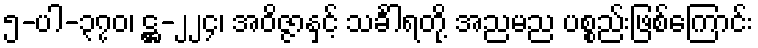
၅-ပါ-၃၇၀၊ ဋ္ဌ-၂၂၄၊ အဝိဇ္ဇာနှင့် သင်္ခါရတို့ အညမည ပစ္စည်းဖြစ်ကြောင်း